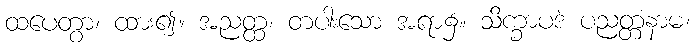
ထပေတွာ၊ ထား၍။ အညတ္ထ၊ တပါးသော အရာ၌။ သိက္ခာပဒံ ပညတ္တံနာမ၊